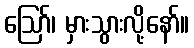
ဪ၊ မှားသွားလို့နော်။